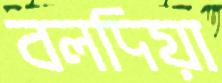
বলদিয়া